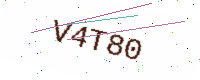
Text: V4T80